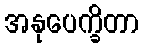
အနုပေက္ခိတာ